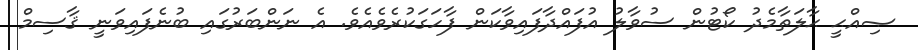
ޞިއްޙީ ޙާލަތާމެދު ކޯޓުން ސުވާލު އުފައްދާފައިވާކަން ފާހަގަކުރެވެއެވެ. އެ ނަންބަރުގައި ބުނެފައިވަނީ ޤާސިމް